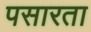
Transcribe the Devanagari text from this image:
पसारता